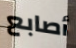
أصابع